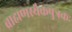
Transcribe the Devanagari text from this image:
ब्राह्मणस्यैकपुत्रकः